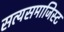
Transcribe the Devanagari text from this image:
सत्यसमाजिस्ट